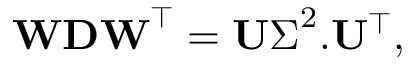
\mathbf { W D W } ^ { \top } = \mathbf { U } \boldsymbol { \Sigma } ^ { 2 } . \mathbf { U } ^ { \top } ,